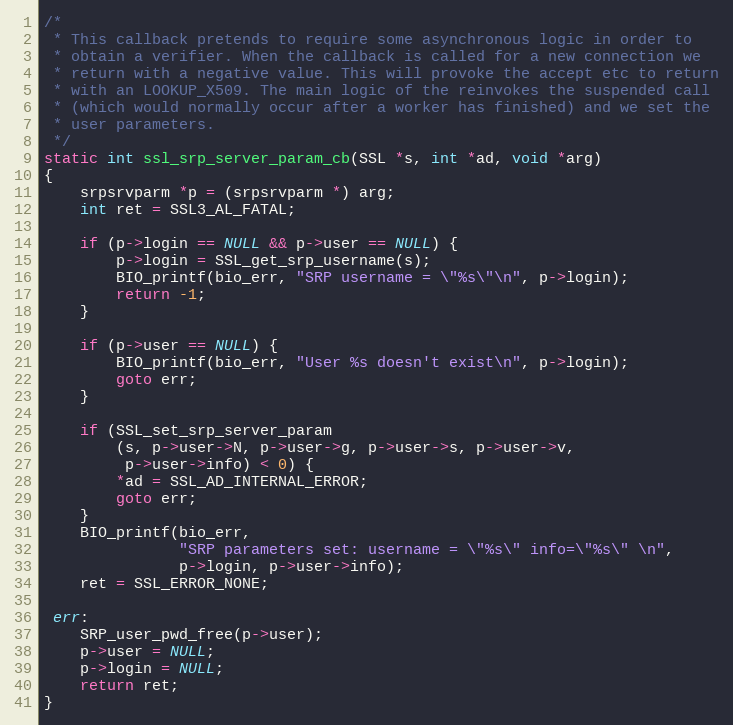
Language: C
/*
 * This callback pretends to require some asynchronous logic in order to
 * obtain a verifier. When the callback is called for a new connection we
 * return with a negative value. This will provoke the accept etc to return
 * with an LOOKUP_X509. The main logic of the reinvokes the suspended call
 * (which would normally occur after a worker has finished) and we set the
 * user parameters.
 */
static int ssl_srp_server_param_cb(SSL *s, int *ad, void *arg)
{
    srpsrvparm *p = (srpsrvparm *) arg;
    int ret = SSL3_AL_FATAL;

    if (p->login == NULL && p->user == NULL) {
        p->login = SSL_get_srp_username(s);
        BIO_printf(bio_err, "SRP username = \"%s\"\n", p->login);
        return -1;
    }

    if (p->user == NULL) {
        BIO_printf(bio_err, "User %s doesn't exist\n", p->login);
        goto err;
    }

    if (SSL_set_srp_server_param
        (s, p->user->N, p->user->g, p->user->s, p->user->v,
         p->user->info) < 0) {
        *ad = SSL_AD_INTERNAL_ERROR;
        goto err;
    }
    BIO_printf(bio_err,
               "SRP parameters set: username = \"%s\" info=\"%s\" \n",
               p->login, p->user->info);
    ret = SSL_ERROR_NONE;

 err:
    SRP_user_pwd_free(p->user);
    p->user = NULL;
    p->login = NULL;
    return ret;
}